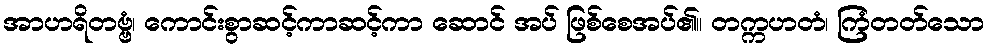
အာဟရိတဗ္ဗံ၊ ကောင်းစွာဆင့်ကာဆင့်ကာ ဆောင် အပ် ဖြစ်စေအပ်၏။ တက္ကဟတံ၊ ကြံတတ်သော